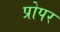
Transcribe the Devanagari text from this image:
प्रोपर